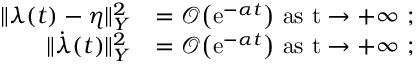
\begin{array} { r l } { \lVert \lambda ( t ) - \eta \rVert _ { Y } ^ { 2 } } & { = \mathcal { O } \big ( \mathrm { e } ^ { - \alpha t } \big ) \ \mathrm { a s ~ t \to + \infty ~ } ; } \\ { \lVert \dot { \lambda } ( t ) \rVert _ { Y } ^ { 2 } } & { = \mathcal { O } \big ( \mathrm { e } ^ { - \alpha t } \big ) \ \mathrm { a s ~ t \to + \infty ~ } ; } \end{array}